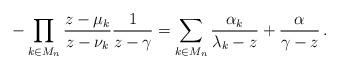
LaTeX: \begin{align*} -\prod_{k\in M_n}\frac{z-\mu_k}{z-\nu_k}\frac{1}{z-\gamma}=\sum_{k\in M_n}\frac{\alpha_k}{\lambda_k-z}+\frac{\alpha}{\gamma-z}\,. \end{align*}